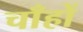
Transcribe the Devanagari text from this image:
चाँहों